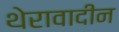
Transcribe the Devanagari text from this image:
थेरावादीन